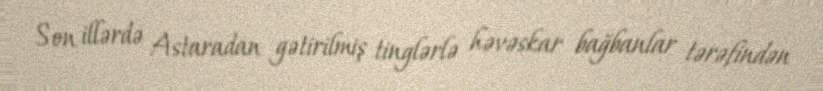
Son illərdə Astaradan gətirilmiş tinglərlə həvəskar bağbanlar tərəfindən